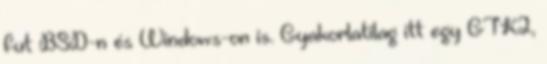
fut BSD-n és Windows-on is. Gyakorlatilag itt egy GTK2,